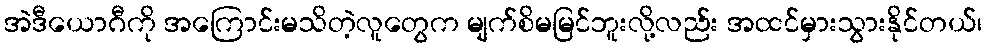
အဲဒီယောဂီကို အကြောင်းမသိတဲ့လူတွေက မျက်စိမမြင်ဘူးလို့လည်း အထင်မှားသွားနိုင်တယ်၊